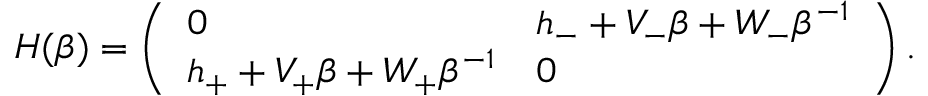
\begin{array} { r } { H ( \beta ) = \left( \begin{array} { l l } { 0 } & { h _ { - } + V _ { - } \beta + W _ { - } \beta ^ { - 1 } } \\ { h _ { + } + V _ { + } \beta + W _ { + } \beta ^ { - 1 } } & { 0 } \end{array} \right) . } \end{array}